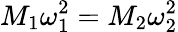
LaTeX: M_{1}\omega_{1}^{2}=M_{2}\omega_{2}^{2}